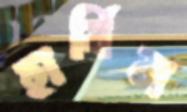
হার্বিন